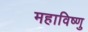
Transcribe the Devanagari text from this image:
महाविष्‍णु